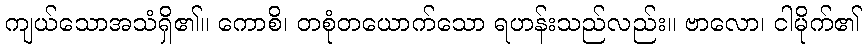
ကျယ်သောအသံရှိ၏။ ကောစိ၊ တစုံတယောက်သော ရဟန်းသည်လည်း။ ဗာလော၊ ငါမိုက်၏